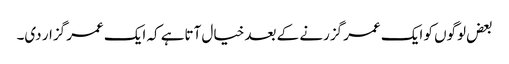
بعض لوگوں کو ایک عمر گزرنے کے بعد خیال آتاہے کہ ایک عمر گزار دی۔